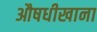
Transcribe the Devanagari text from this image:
औषधीखाना